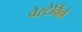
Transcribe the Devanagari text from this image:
वेस्टेर्विल्ले